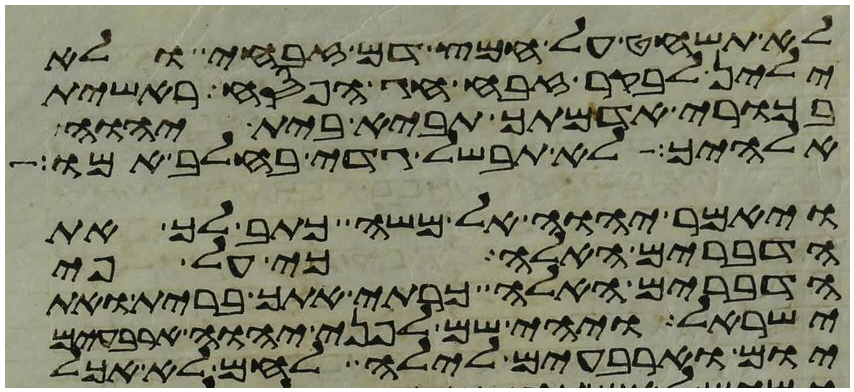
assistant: לא תשחט על חמץ דם זבחי ולא
ילין לבקר זבח חג הפסח ראשית
בכורי אדמתך תביא בית יהוה
אלהיך לא תבשל גדי בחלב אמו
ויאמר יהוה אל משה כתב לך את
הדברים האלה כי על פי
הדברים האלה כרתי אתך ברית ואת
ישראל ויהי שם לפני יהוה ארבעים
יום וארבעים לילה לחם לא אכל